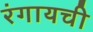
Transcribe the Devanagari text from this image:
रंगायची